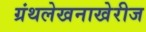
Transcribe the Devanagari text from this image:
ग्रंथलेखनाखेरीज